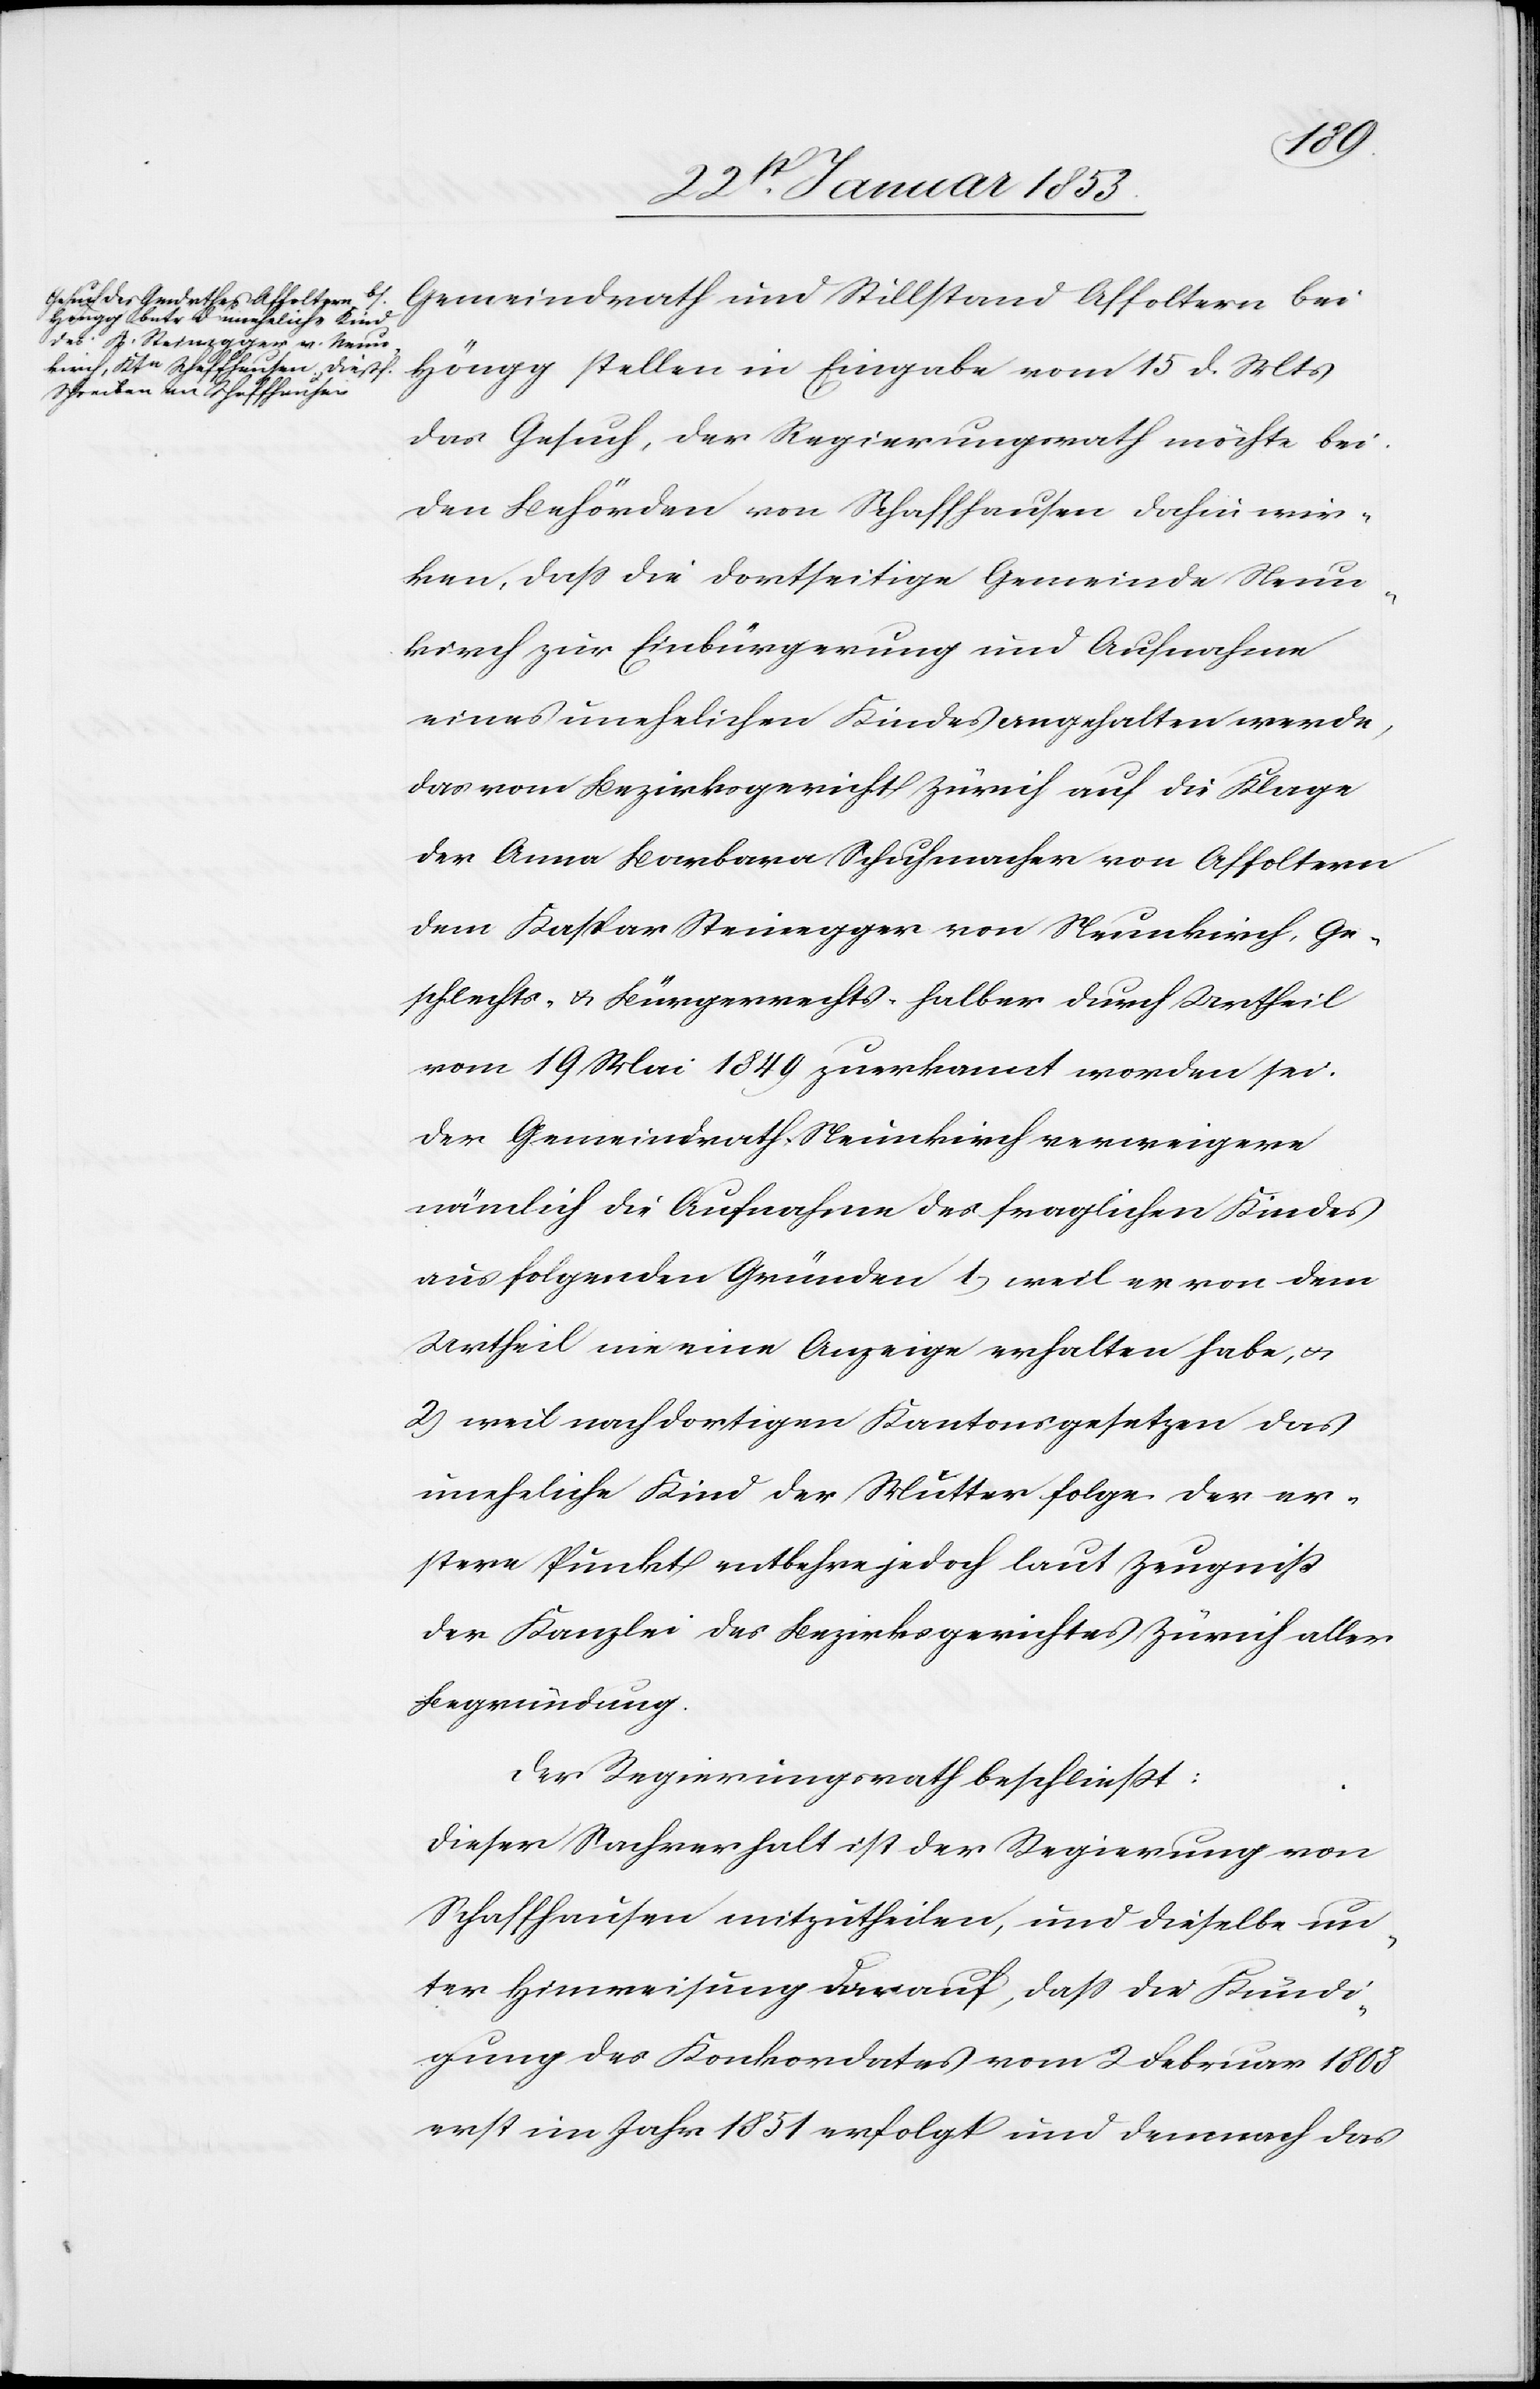
Gemeindrath und Stillstand Affoltern bei
Höngg stellen in Eingabe vom 15 d. Mts.
das Gesuch, der Regierungsrath möchte bei
den Behörden von Schaffhausen dahin wir¬
ken, daß die dortseitige Gemeinde Neun¬
kirch zur Einbürgerung und Aufnahme
eines unehelichen Kindes angehalten werde,
das vom Bezirksgericht Zürich auf die Klage
der Anna Barbara Schuhmacher von Affoltern
dem Kaspar Steinegger von Neunkirch, Ge¬
schlechts- u. Bürgerrechts halber durch Urtheil
vom 19 Mai 1849 zuerkannt worden sei.
Der Gemeindrath Neunkirch verweigere
nämlich die Aufnahme des fraglichen Kindes
aus folgenden Gründen 1) weil er von dem
Urtheil nie eine Anzeige erhalten habe, u.
2) weil nach dortigen Kantonsgesetzen das
uneheliche Kind der Mutter folge. Der er¬
stere Punkt entbehre jedoch laut Zeugniß
der Kanzlei des Bezirksgerichtes Zürich aller
Begründung.
Der Regierungsrath beschließt:
Dieser Sachverhalt ist der Regierung von
Schaffhausen mitzutheilen, und dieselbe un¬
ter Hinweisung darauf, daß die Kündi¬
gung des Konkordates vom 2 Februar 1808
erst im Jahr 1851 erfolgt und demnach das